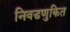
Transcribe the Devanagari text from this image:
निवडणुकित